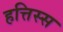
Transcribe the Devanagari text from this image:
हत्तिस्स